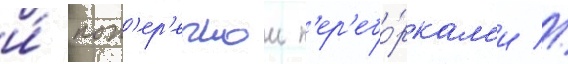
и́ поп'ер'ечнои п'ер'ебо́ркам'и //